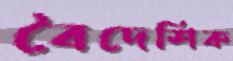
বৈদেশিক